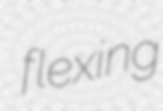
flexing